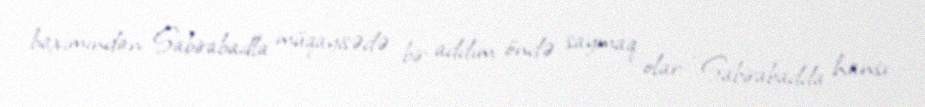
baxımından Sabirabadla müqayisədə bir addım öndə saymaq olar: “Sabirabadda hansı